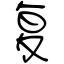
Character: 复